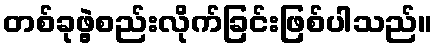
တစ်ခုဖွဲ့စည်းလိုက်ခြင်းဖြစ်ပါသည်။